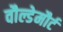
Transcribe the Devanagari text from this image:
वौल्डेमौर्ट